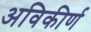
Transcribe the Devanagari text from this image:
अविकीर्ण